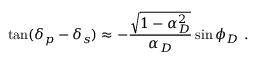
\tan ( \delta _ { p } - \delta _ { s } ) \approx - \frac { \sqrt { 1 - \alpha _ { D } ^ { 2 } } } { \alpha _ { D } } \sin \phi _ { D } \ .